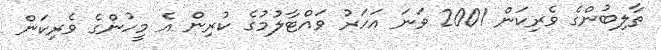
ތާލިބުންގެ ވެރިކަން 2001 ވަނަ އަހަރު ވައްޓާލުމުގެ ކުރިން އެ މީހުންގެ ވެރިކަން